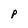
Character: P